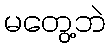
မတွေ့ဘဲ